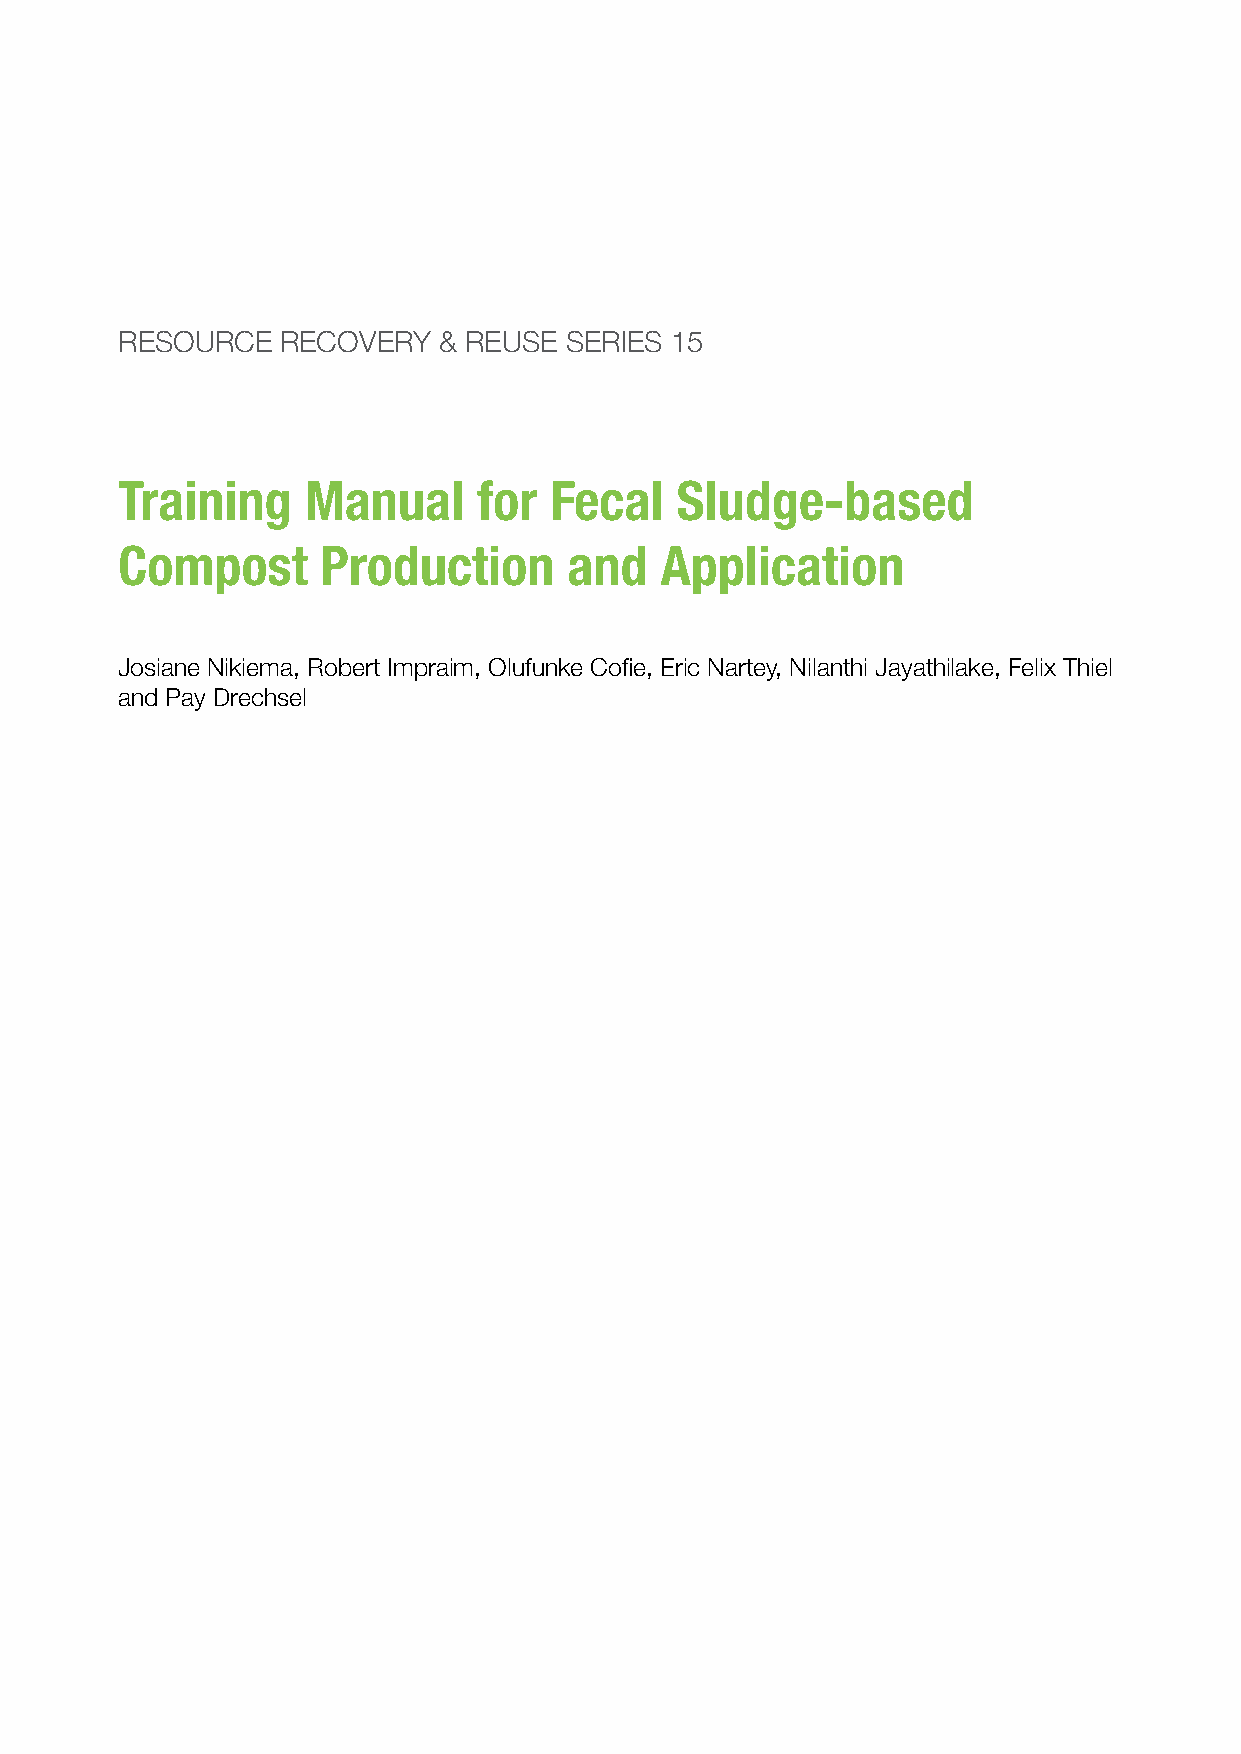
RESOURCE   RECOVERY  & REUSE SERIES 15
 Training    Manual      for Fecal    Sludge-based
 Compost      Production       and   Application
 Josiane Nikiema, Robert Impraim, Olufunke Cofie, Eric Nartey, Nilanthi Jayathilake, Felix Thiel
 and Pay Drechsel